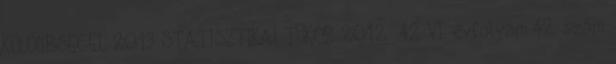
KÜLÖNBSÉGEI, 2013 STATISZTIKAI TÜKÖR 2012 42 VI. évfolyam 42. szám